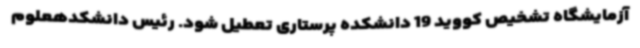
آزمایشگاه تشخیص کووید 19 دانشکده پرستاری تعطیل شود. رئیس دانشکدهعلوم